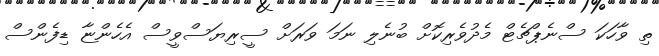
ތި ވާހަކަ ސްނެޕްޗެޓް މެދުވެރިކޮށް ބުނެލި ނަމަ ވަރަށް ސީރިޔަސްވީސް އެހެންޏާ ޑިފެންސް